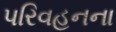
પરિવહનના